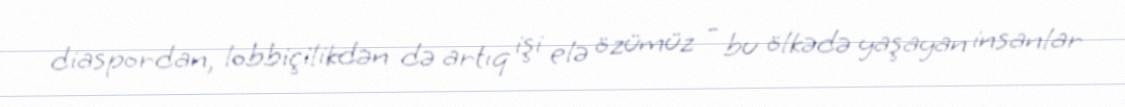
diaspordan, lobbiçilikdən də artıq işi elə özümüz - bu ölkədə yaşayan insanlar